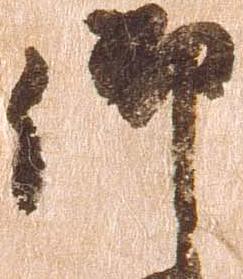
御